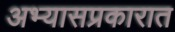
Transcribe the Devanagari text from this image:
अभ्यासप्रकारात